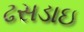
ઢસડાઇ